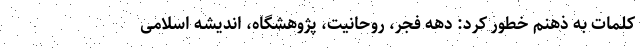
کلمات به ذهنم خطور کرد: دهه فجر، روحانیت، پژوهشگاه، اندیشه اسلامی